Vaccination returns of the Province of Eastern Bengal and Assam - 1905-1912
Year: 1905
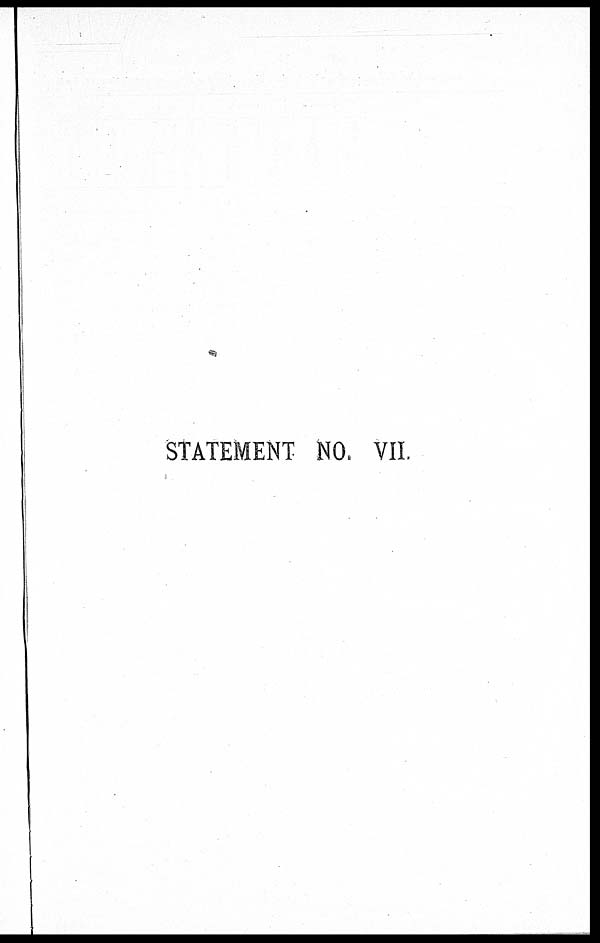
STATEMENT NO. VII.